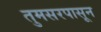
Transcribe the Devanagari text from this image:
तुमसरपासून